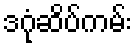
ဒဂုံဆိပ်ကမ်း